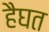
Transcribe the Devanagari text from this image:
हैघत